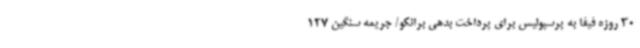
30 روزه فیفا به پرسپولیس برای پرداخت بدهی برانکو/ جریمه سنگین 127